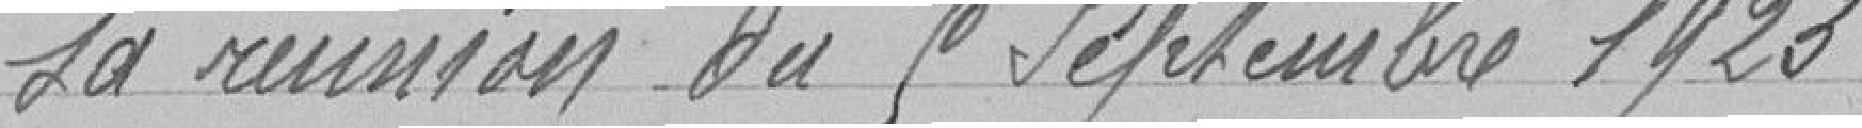
sa réunion du 9 septembre 1923.